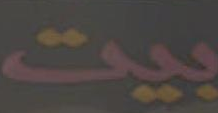
بيت